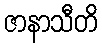
ဇာနာသီတိ